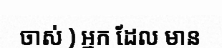
ចាស់ ) អ្នក ដែល មាន